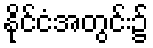
နိုင်ငံအတွင်း၌